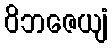
ဝိဘဇေယျံ